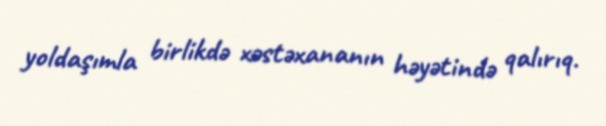
yoldaşımla birlikdə xəstəxananın həyətində qalırıq.